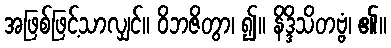
အဖြစ်ဖြင့်သာလျှင်။ ဝိဘဇိတွာ၊ ၍။ နိဒ္ဒိသိတဗ္ဗံ၊ ၏။